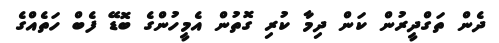
ދެން ތަގްދީރުން ކަން ދިމާ ކުރި ގޮތުން އެމީހުންގެ ބޮޑޭ ފެބް ހަތެއްގެ